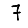
Digit: 7